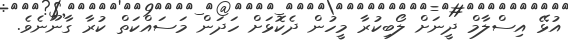
އުޅޭ އިސްލާމް ދީނަށް ލޯބިކުރާ މީހުން ދެކޮޅަށް ހަދަން މަސައްކަތް ކުރާ ގާނޫނެވެ.